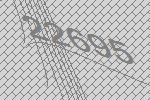
22695